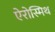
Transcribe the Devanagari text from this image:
ऐरोस्मिथ